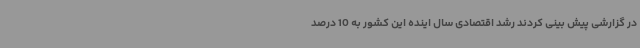
در گزارشی پیش بینی کردند رشد اقتصادی سال اینده این کشور به 10 درصد